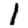
Digit: 1